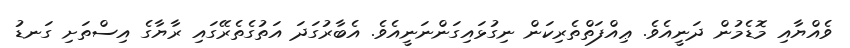
ވެއްޔާއި މޮޑެމުން ދަނީއެވެ. ޢިއްފަތްތެރިކަން ނިގުޅައިގަންނަނީއެވެ. އެބާރުގަދަ އަތުގެތެރޭގައި ރާޔާގެ އިސްތަށި ގަނޑު